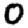
Digit: 0